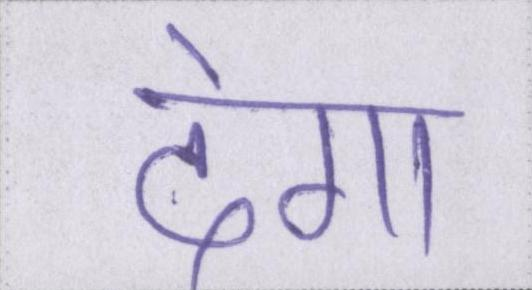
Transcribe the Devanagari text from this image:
देगा